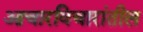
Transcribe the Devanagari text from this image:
आचारविचारांतील